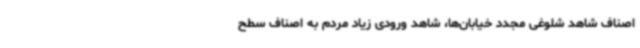
اصناف شاهد شلوغی مجدد خیابان‌ها، شاهد ورودی زیاد مردم به اصناف سطح